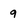
Character: 9